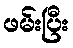
ဖမ်းပြီး